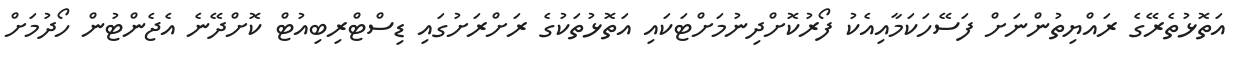
އަތޮޅުތެރޭގެ ރައްޔިތުންނަށް ފަސޭހަކަމާއިއެކު ފޯރުކޮށްދިނުމަށްޓަކައި އަތޮޅުތަކުގެ ރަށްރަށުގައި ޑިސްޓްރިބިއުޓް ކޮށްދޭނެ އެޖެންޓުން ހޯދުމަށް